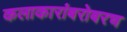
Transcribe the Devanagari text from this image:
कलाकारांबरोबरच